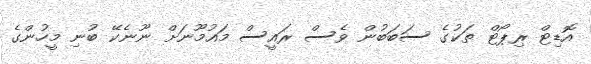
އޮޑިޓް ރިޕޯޓް ތަކުގެ ސަބަބުން ވެސް ރައީސް މައުމޫނަށް ނޫނެކޭ ބުނި މީހުންގެ